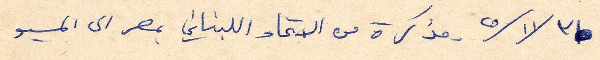
٣١ / ١١/ ٢٥ مذكرة من الاتحاد اللبناني بمصر الى المسيو